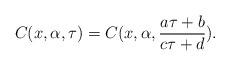
LaTeX: \begin{align*}C(x,\alpha,\tau)=C(x,\alpha, \frac{a \tau+b}{c \tau+d}).\end{align*}